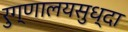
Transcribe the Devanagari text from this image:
रुग्णालयसुध्दा